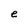
Character: e